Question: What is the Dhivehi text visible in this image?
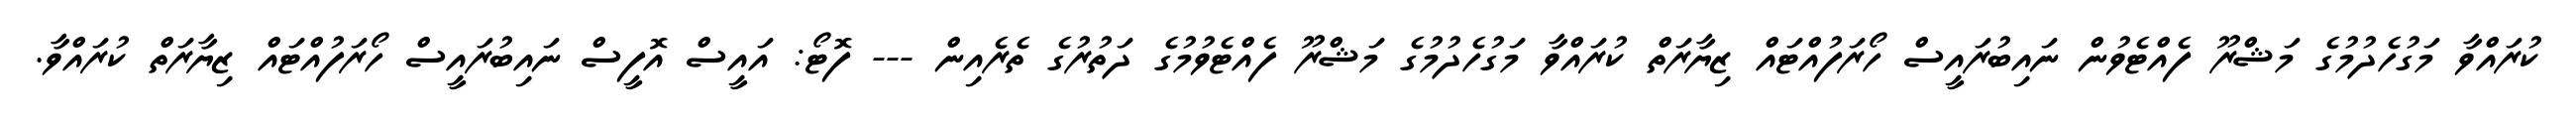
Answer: ކުރައްވާ މަގުހެދުމުގެ މަޝްރޫ ފެއްޓެވުން ނައިބުރައީސް ހޯރަފުއްޓައް ޒިޔާރަތް ކުރައްވާ މަގުހެދުމުގެ މަޝްރޫ ފެއްޓެވުމުގެ ދަތުރުގެ ތެރެއިން --- ފޮޓޯ: އައީސް އޮފީސް ނައިބުރައީސް ހޯރަފުއްޓައް ޒިޔާރަތް ކުރައްވާ.